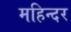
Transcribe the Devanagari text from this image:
महिन्दर